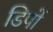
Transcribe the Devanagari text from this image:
डिपों